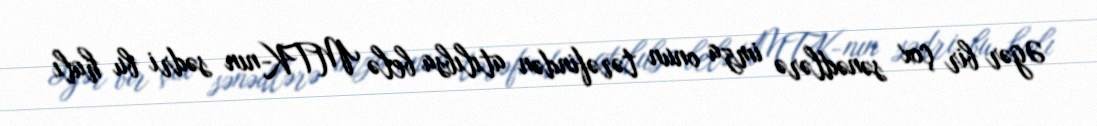
Əgər bir çox sənədlərə imza onun tərəfindən atılıbsa belə MTK-nın sədri bu halı